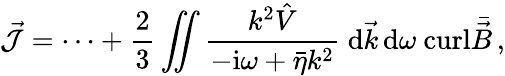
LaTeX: \vec{\cal J}=\dots+\frac{2}{3}\int\! \! \! \! \int\frac{k^{2}{\hat{V}}}{-\mathrm{i}\omega+{\bar{\eta}}k^{2}}\; \mathrm{d}\vec{k}\, \mathrm{d}\omega\ \mathrm{curl}\bar{\vec{B}}\, ,